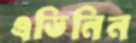
এডিনিন